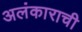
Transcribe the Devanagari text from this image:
अलंकाराची